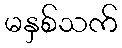
မနှစ်သက်